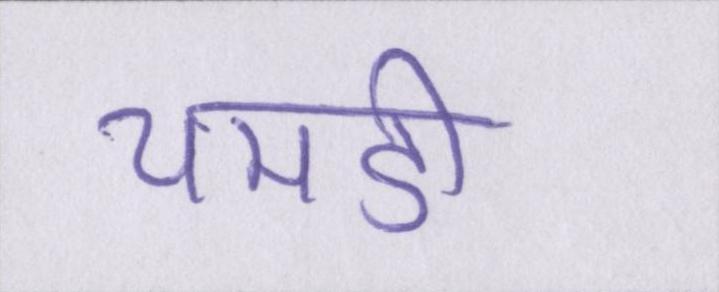
चमडी